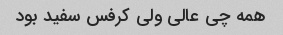
همه چی عالی ولی کرفس سفید بود